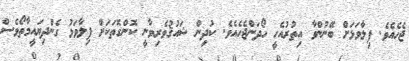
ޖެހެއެވެ. ފިލާވަޅަށް ބޭނުންވާ އިތުރުއެހީ ހޯދަންޖެހެއެވެ. ކުދިން ޝައުޤުވެރިވާނީ ކޮންގޮތަކަށް ފިލާވަޅު ގެންދިޔައީމާތޯވެސް